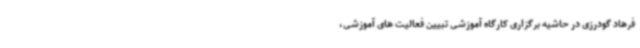
فرهاد گودرزی در حاشیه برگزاری کارگاه آموزشی تبیین فعالیت های آموزشی،